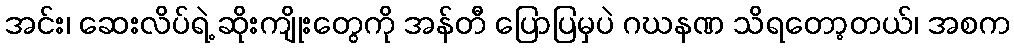
အင်း၊ ဆေးလိပ်ရဲ့ ဆိုးကျိုးတွေကို အန်တီ ပြောပြမှပဲ ဂဃနဏ သိရတော့တယ်၊ အစက